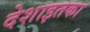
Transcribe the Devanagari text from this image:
देशाइतका